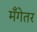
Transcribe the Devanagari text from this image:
मँगेतर